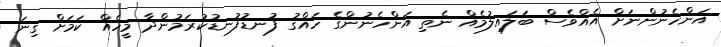
އަންހެނުންނަށް އެއްވެސް ބަލައިލުމެއް ނެތި އަންހެނުންގެ ހައްގު ފުނޑުފުނޑުކުރަމުންދާ މީހެއް ކަމަށް ގިނަ